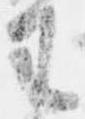
王